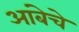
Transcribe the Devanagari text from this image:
आंबेचे